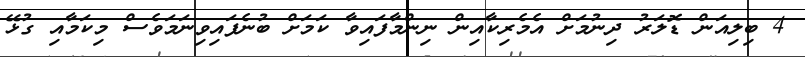
4 ބިލިއަން ޑޮލަރު ދިނުމަށް އެމެރިކާއިން ނިންމާފައިވާ ކަމަށް ބުނެފައިވިނަމަވެސް މިކަމާއި ގުޅޭ